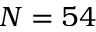
N = 5 4